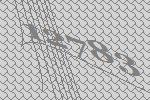
12783